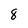
Character: 8